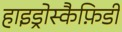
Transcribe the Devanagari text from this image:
हाइड्रोस्कैफ़िडी